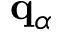
\mathbf { q } _ { \alpha }